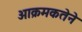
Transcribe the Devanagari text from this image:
आक्रमकतेने